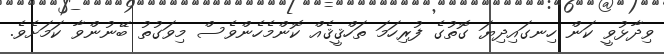
ވިދާޅުވީ ކަން ހިނގައިދިޔަ ގޮތުގެ ފުރިހަމަ ތަހްޤީޤެއް ކޮންމެހެންވެސް މިވަގުތު ބޭނުންވާ ކަމަށެވެ.